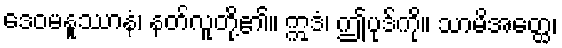
ဒေဝမနူဿာနံ၊ နတ်လူတို့၏။ ဣဒံ၊ ဤပုဒ်ကို။ သာမိအတ္ထေ၊